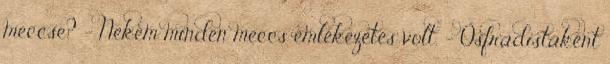
meccse? - Nekem minden meccs emlékezetes volt. - Ősfradistaként